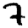
Digit: 7